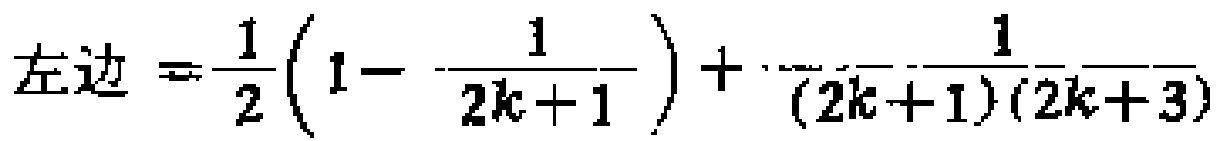
左边 \(=\frac{1}{2}\left(1 - \frac{1}{2k + 1}\right)+\frac{1}{(2k + 1)(2k + 3)}\)